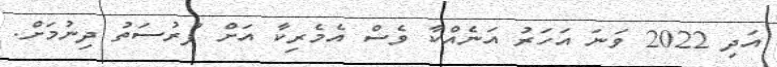
އަދި 2022 ވަނަ އަހަރު އަނެއްކާ ވެސް އެމެރިކާ އަށް ފުރުސަތު ދިނުމަށް.